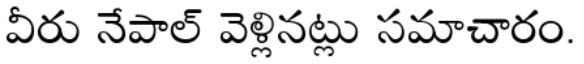
వీరు నేపాల్ వెళ్లినట్లు సమాచారం.